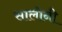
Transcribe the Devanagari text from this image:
सालोनी